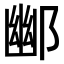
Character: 𮠀